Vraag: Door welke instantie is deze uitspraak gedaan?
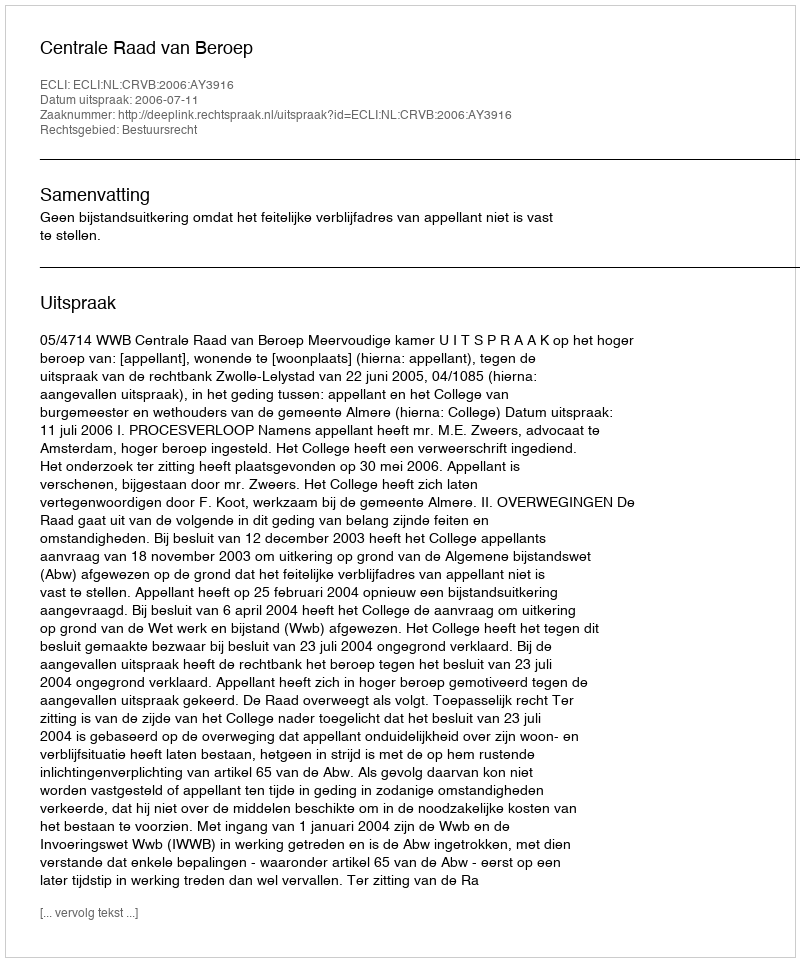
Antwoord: Centrale Raad van Beroep